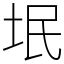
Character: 垊